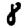
Digit: 8